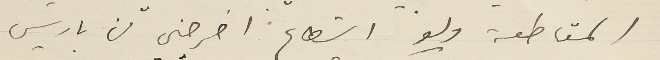
المقاطعة ولو استطاع اخرجني من باريس